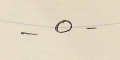
-٥-